kultuurilooline_kollektsioon, lk 10
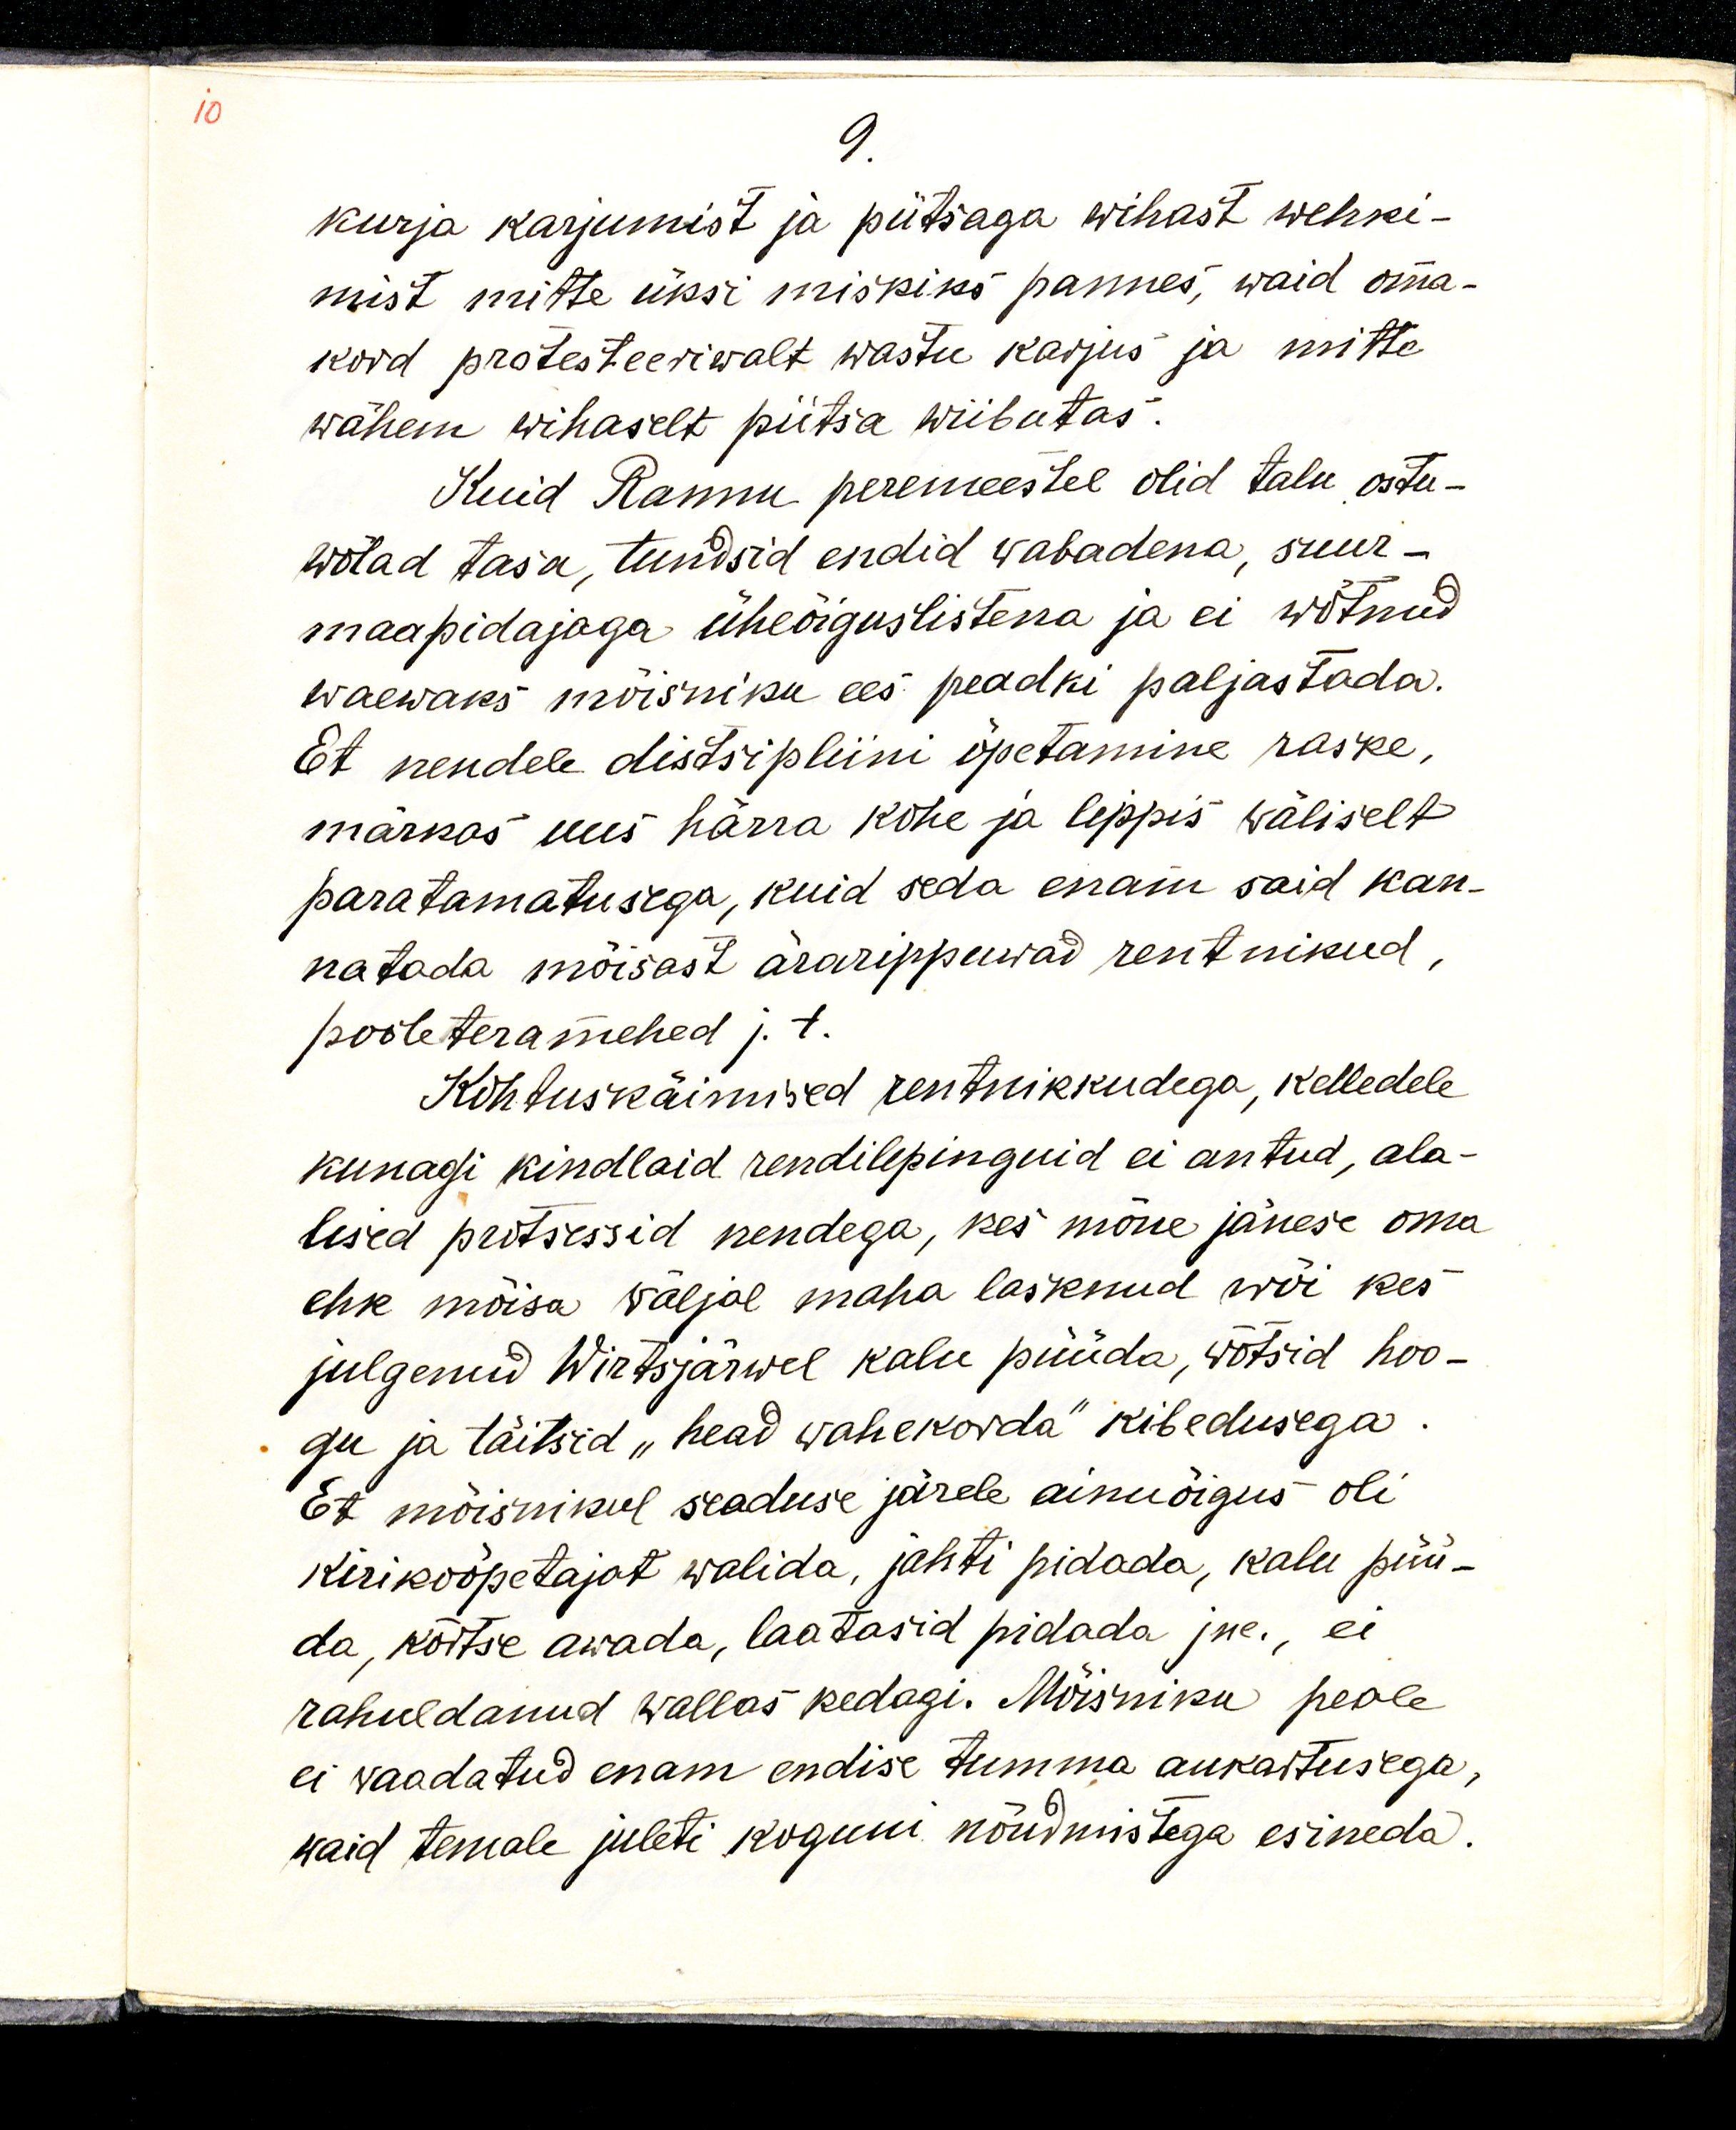
9.
kurja karjumist ja piitsaga wihast wehki-
mist mitte üksi miskiks pannes, waid oma-
kord protesteeriwalt wastu karjus ja mitte
wähem wihaselt piitsa wiibutas.
Kuid Rannu peremeestel olid talu ostu-
wõlad tasa, tundsid endid wabadena, suur-
maapidajaga üheõiguslistena ja ei wõtnud
waewaks mõisniku ees peadki paljastada.
Et nendele distsipliini õpetamine raske,
märkas uus härra kohe ja leppis wäliselt
paratamatusega, kuid seda enam said kan-
natada mõisast ärarippuwad rentnikud,
pooleteramehed j.t.
Kohtuskäimised rentnikkudega, kelledele
kunagi kindlaid rendilepinguid ei antud, ala-
lised protsessid nendega, kes mõne jänese oma
ehk mõisa wäljal maha lasknud wõi kes
julgenud Wirtsjärvel kalu püüda, wõtsid hoo-
gu ja täitsid „head wahekorda“ kibedusega.
Et mõisnikul seaduse järele ainuõigus oli
kirikuõpetajat walida, jahti pidada, kalu püü-
da, kõrtse awada, laatasid pidada jne., ei
rahuldanud wallas kedagi. Mõisniku peale
ei waadatud enam endise tumma aukartusega,
waid temale juleti koguni nõudmistega esineda.